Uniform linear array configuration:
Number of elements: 64
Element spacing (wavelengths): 1
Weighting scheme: blackman
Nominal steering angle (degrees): -45
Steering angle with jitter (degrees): -44.317
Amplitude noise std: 0.05
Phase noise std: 0.05

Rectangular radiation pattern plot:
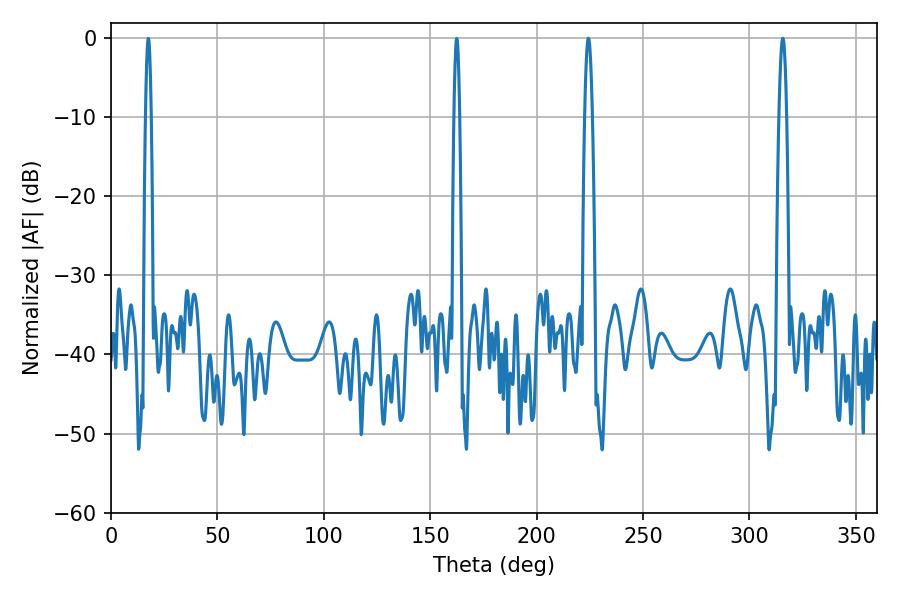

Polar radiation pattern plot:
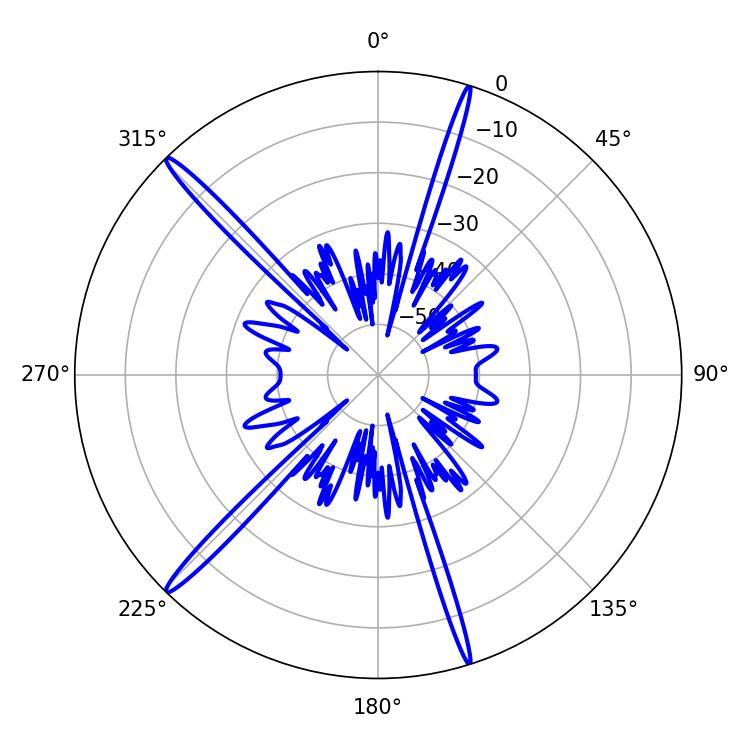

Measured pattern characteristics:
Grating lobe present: TRUE
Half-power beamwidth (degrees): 1.98
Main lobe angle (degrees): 224.28